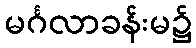
မင်္ဂလာခန်းမ၌